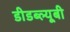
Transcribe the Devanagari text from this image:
डीडब्ल्यूबी